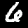
Digit: 6